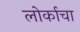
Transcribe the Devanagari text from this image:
लोर्काचा